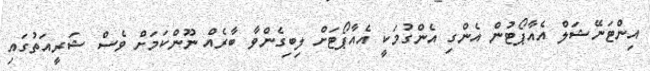
އިންޓަނޭޝަލް އެއާޕޯޓުން އެންގި އެންގުމަކީ އެއާޕޯޓަށް ލިބިގެންވާ ބާރެއް ނޫންކަމަށް ވެސް ޝަރީއަތުގައި